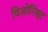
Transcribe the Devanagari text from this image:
थिओरिस्ट